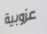
عزوبية